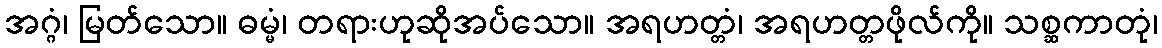
အဂ္ဂံ၊ မြတ်သော။ ဓမ္မံ၊ တရားဟုဆိုအပ်သော။ အရဟတ္တံ၊ အရဟတ္တဖိုလ်ကို။ သစ္ဆကာတုံ၊